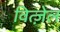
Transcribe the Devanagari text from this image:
वित्ज़ेल